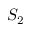
S _ { 2 }